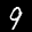
Label: 9